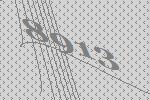
8913